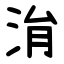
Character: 㳙